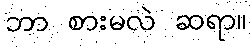
ဘာ စားမလဲ ဆရာ။